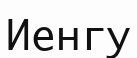
Иенгу